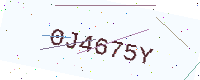
Text: 0J4675Y